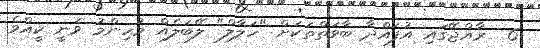
6  ރާއްޖޭގައި އުފައްދާ ބާވަތްތަކަށް "ހަލާލް" ލޭބަލެއް މުހިންމު ވަނީ ކީއްވެ